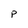
Character: p